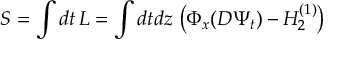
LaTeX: S = \int d t \, L = \int d t d z \, \left( \Phi _ { x } ( D \Psi _ { t } ) - H _ { 2 } ^ { ( 1 ) } \right)